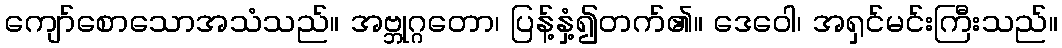
ကျော်စောသောအသံသည်။ အဗ္ဘုဂ္ဂတော၊ ပြန့်နှံ့၍တက်၏။ ဒေဝေါ၊ အရှင်မင်းကြီးသည်။